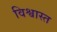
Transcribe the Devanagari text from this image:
विश्वास्त